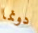
دونما